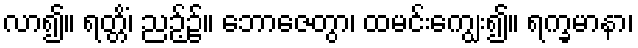
လာ၍။ ရတ္တိံ၊ ညဉ့်၌။ ဘောဇေတွာ၊ ထမင်းကျွေး၍။ ရက္ခမာနာ၊